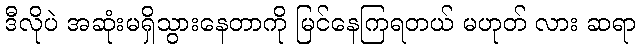
ဒီလိုပဲ အဆုံးမရှိသွားနေတာကို မြင်နေကြရတယ် မဟုတ် လား ဆရာ